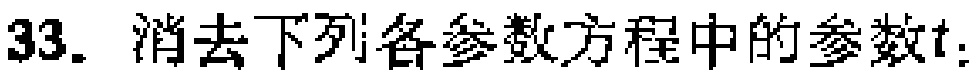
33. 消去下列各参数方程中的参数\(t\)：